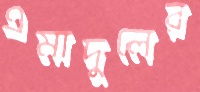
এমাদুলের